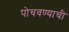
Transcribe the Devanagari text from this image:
पोचवण्‍याची